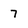
Character: 7